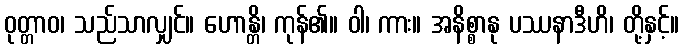
ဝုတ္တာဝ၊ သည်သာလျှင်။ ဟောန္တိ၊ ကုန်၏။ ဝါ၊ ကား။ အနိစ္စာနု ပဿနာဒီဟိ၊ တို့နှင့်။